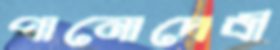
পানোদেবী